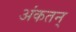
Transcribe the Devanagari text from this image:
अंकतन्